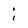
Character: i